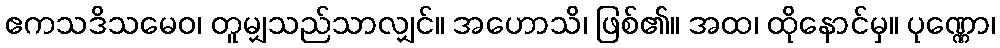
ဧကသဒိသမေဝ၊ တူမျှသည်သာလျှင်။ အဟောသိ၊ ဖြစ်၏။ အထ၊ ထိုနောင်မှ။ ပုဏ္ဏော၊